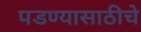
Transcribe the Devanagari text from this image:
पडण्यासाठीचे